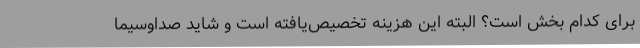
برای کدام بخش است؟ البته این هزینه تخصیص‌یافته است و شاید صداوسیما